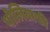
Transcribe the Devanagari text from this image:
पोलिग्राफी